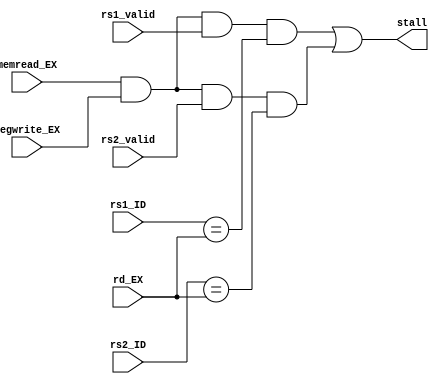
`timescale 1ns / 1ps
//////////////////////////////////////////////////////////////////////////////////
// Company: 
// Engineer: 
// 
// Design Name: 
// Module Name: HDU
// Project Name: 
// Target Devices: 
// Tool Versions: 
// Description: 
// 
// Dependencies: 
// 
// Revision:
// Revision 0.01 - File Created
// Additional Comments:
// 
//////////////////////////////////////////////////////////////////////////////////


module HDU(
    input [4:0] rs1_ID,
    input [4:0] rs2_ID,
    input rs1_valid,
    input rs2_valid,
    input [4:0] rd_EX,
    input memread_EX,
    input regwrite_EX,
    output stall
    );
    
    assign stall = 
    ( memread_EX && regwrite_EX && rs1_valid && (rs1_ID == rd_EX) )
    ||
    ( memread_EX && regwrite_EX && rs2_valid && (rs2_ID == rd_EX) );

endmodule